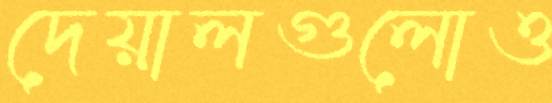
দেয়ালগুলোও